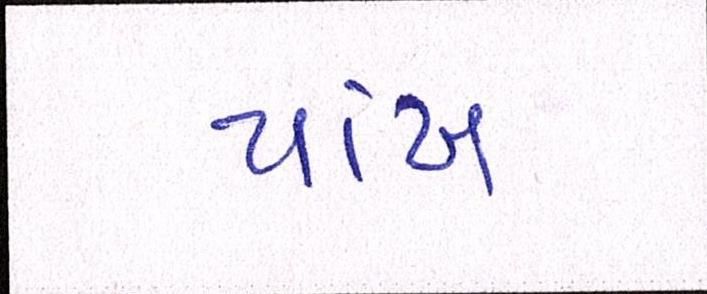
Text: પાંખ